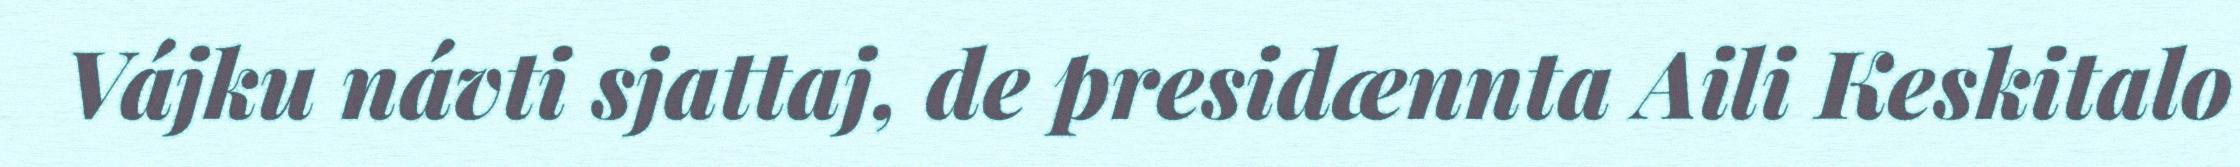
Vájku návti sjattaj, de presidænnta Aili Keskitalo